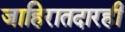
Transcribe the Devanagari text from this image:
जाहिरातदारही